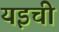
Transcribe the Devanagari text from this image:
यइची